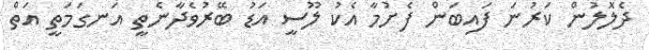
ދެލޮލުން ކަރުނަ ފައިބަން ފެށުމާ އެކު ލޫސީ އަޑު ބޭރުވެދާނެތީ އަނގަމަތީ އަތް